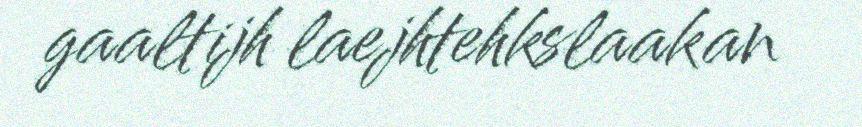
gaaltijh laejhtehkslaakan